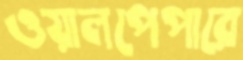
ওয়ালপেপারে